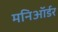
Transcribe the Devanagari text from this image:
मनिऑर्डर